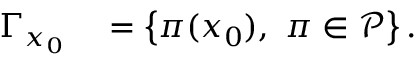
\begin{array} { r l } { \Gamma _ { x _ { 0 } } } & { { } = \left\{ \pi ( x _ { 0 } ) , ~ \pi \in \mathcal { P } \right\} . } \end{array}